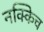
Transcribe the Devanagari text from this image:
नक्किच